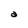
Character: a